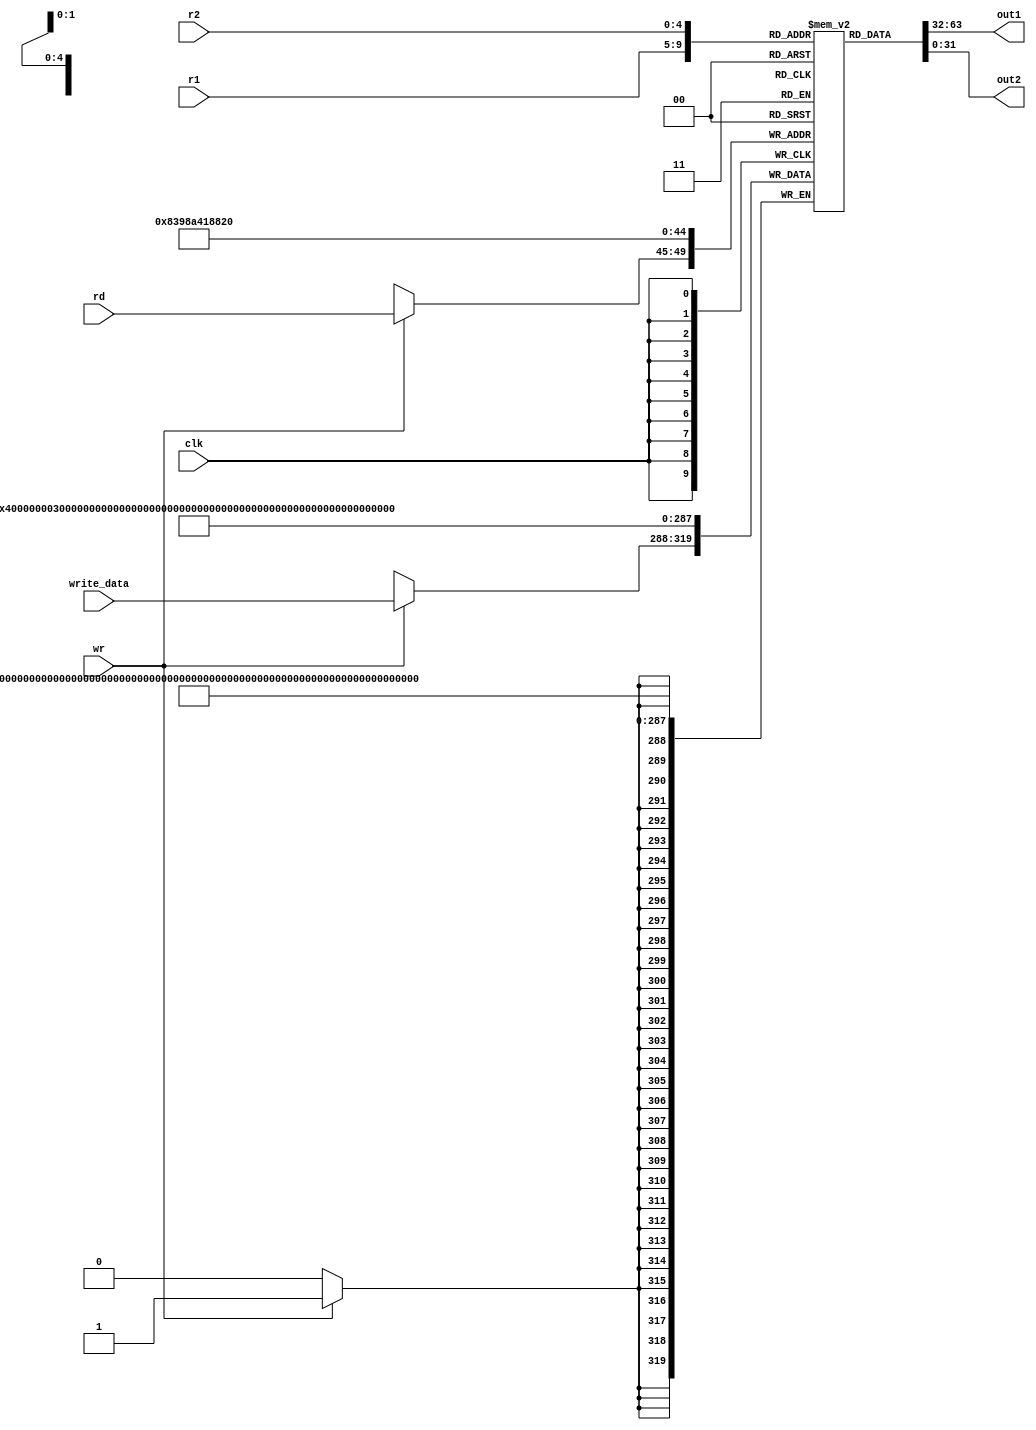
`timescale 1ns / 1ps

module reg_file (
input clk,wr,
input [4:0] r1,r2,rd, //5bit reg address of  the 3 registers for R-type
input [31:0] write_data,// data written into destination register
output [31:0] out1,out2// 
);

reg [31:0] registers [31:0];// 32 registers of 32 bit

always@(posedge clk)begin
    registers[0]=0;// register 0 stays 0


    //Temp data for debug
	registers[1]=5;
	registers[2]=6;
	registers[3]=1;
	registers[4]=2;
	registers[5]=11;
	registers[6]=1;
	registers[7]=3;
	registers[8]=4;

    if(wr)
        registers[rd]=write_data;
        
end
    assign out1=registers[r1];
    assign out2=registers[r2];

endmodule